Jaan_Tonisson_(Lasteleht), lk 134
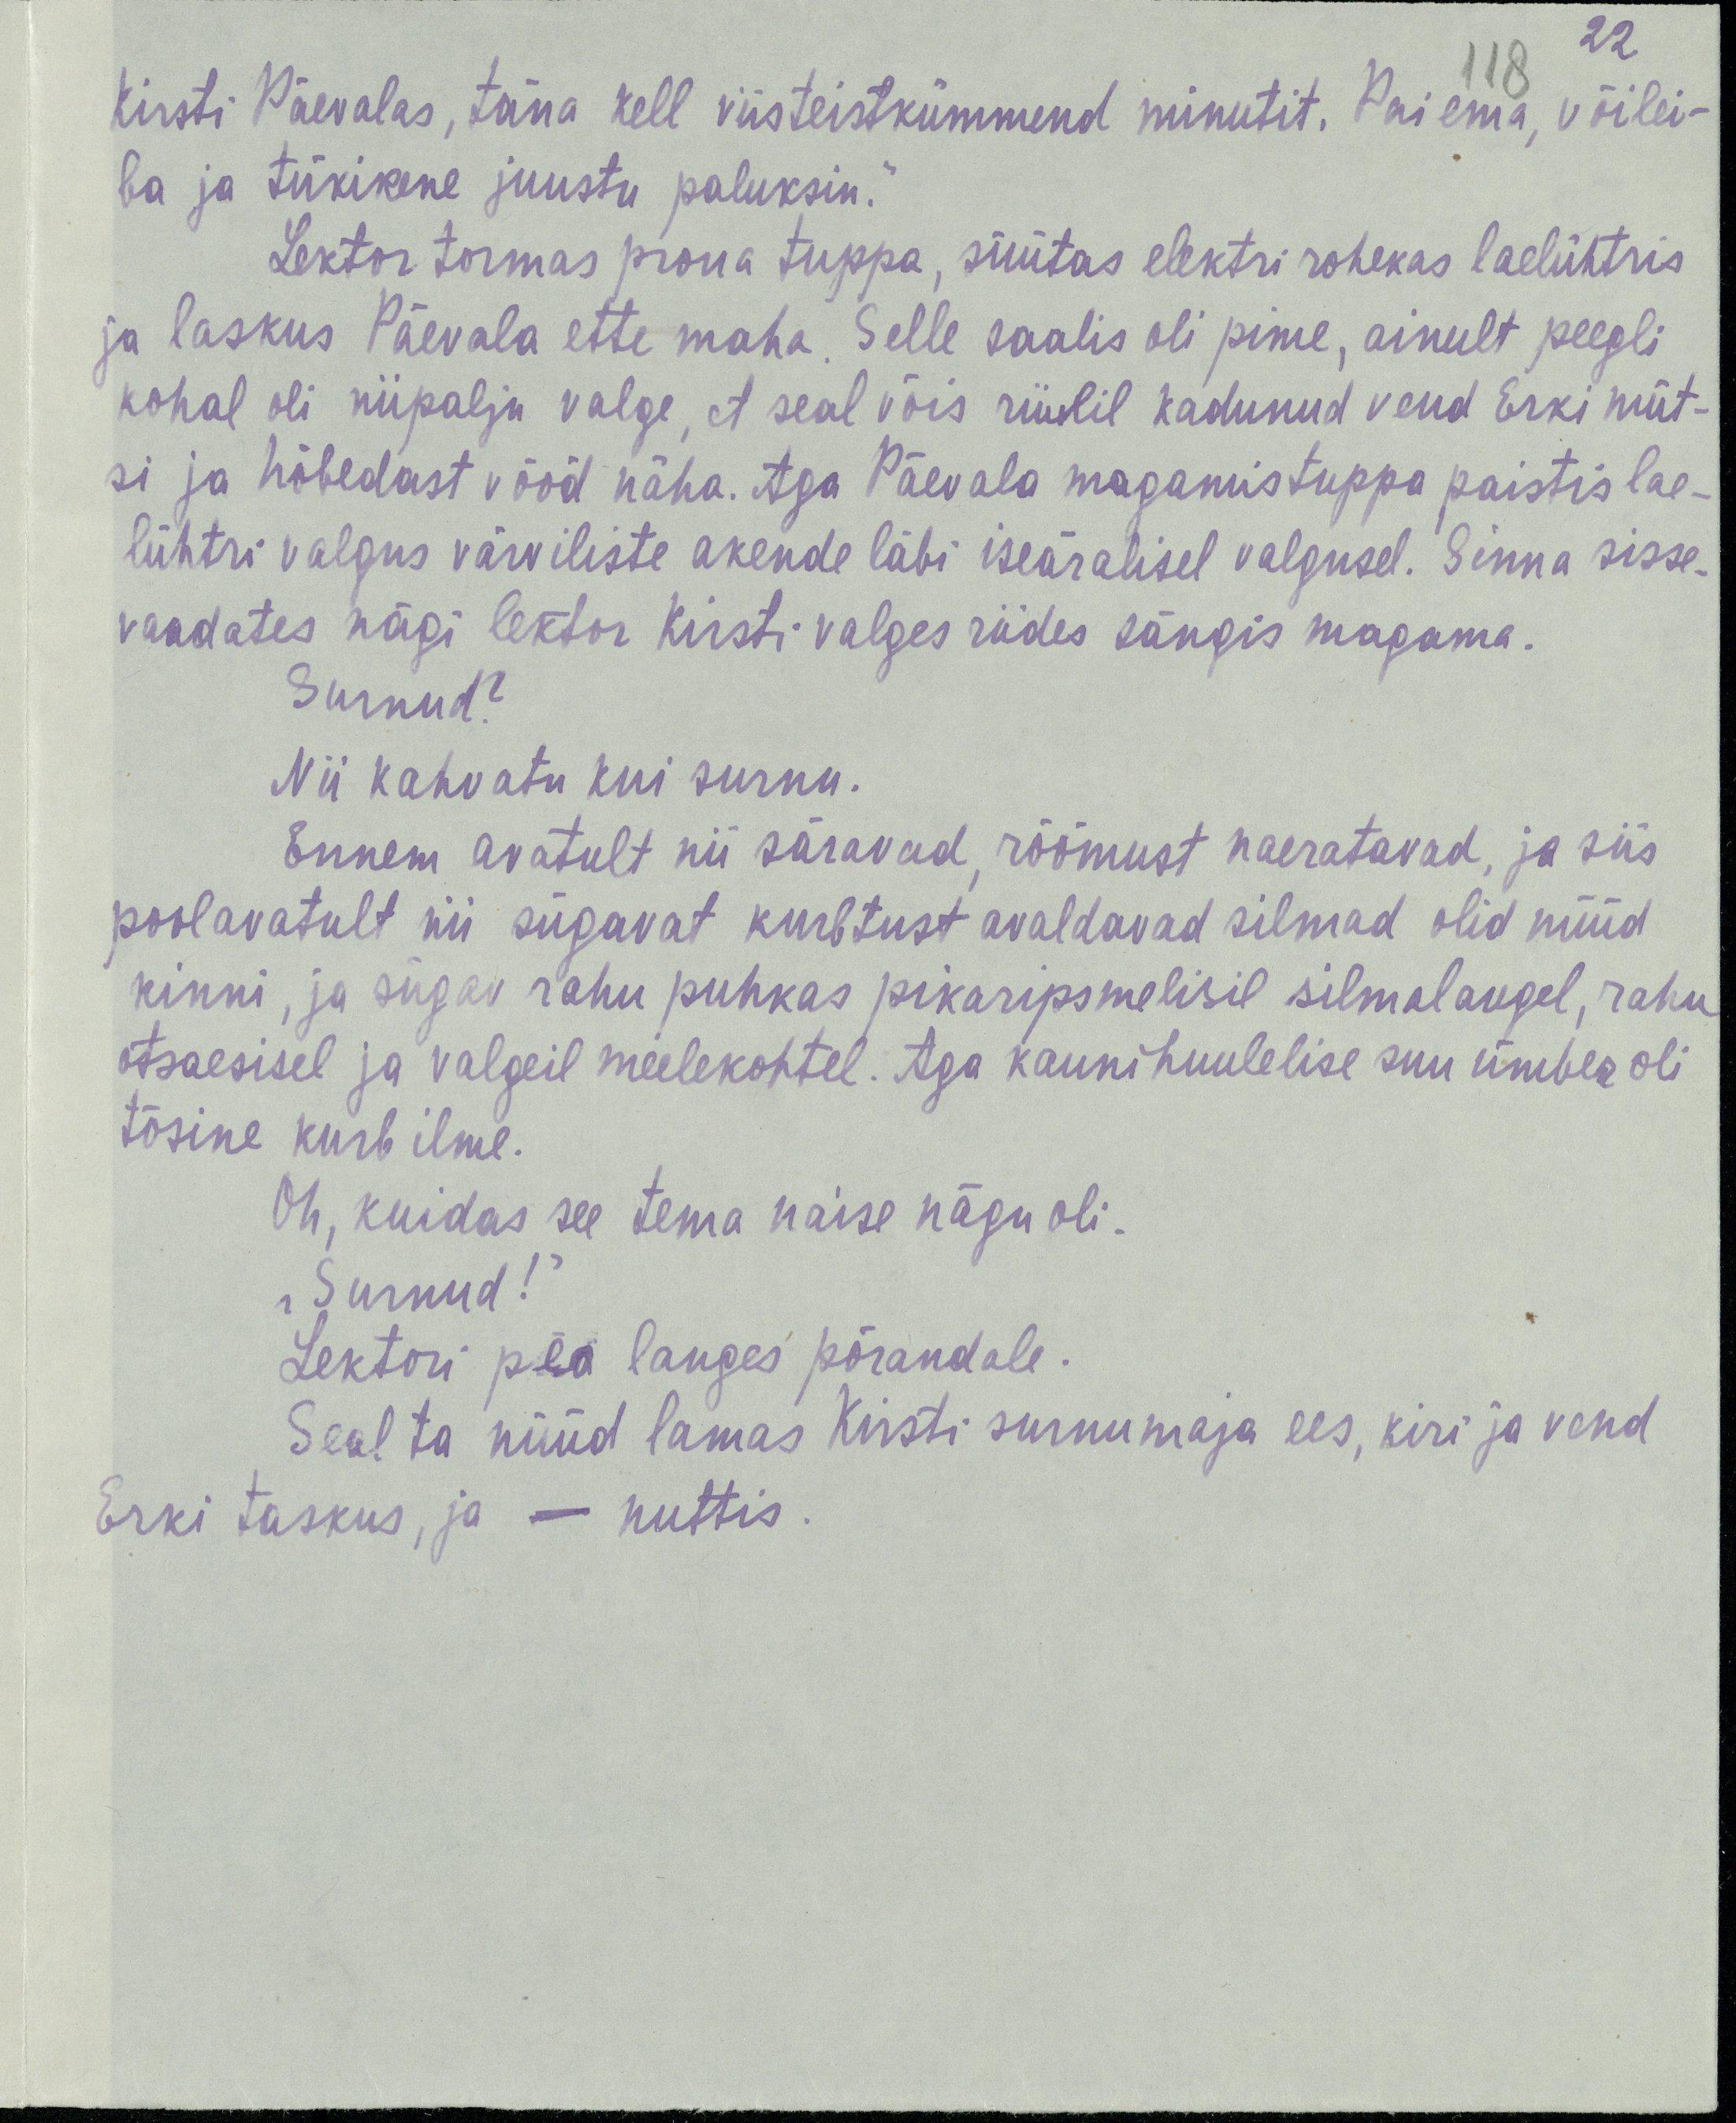
22
118
Kirsti Päevalas, täna kell viisteistkümmend minutit. Pai ema, võilei-
ba ja tükikene juustu paluksin.“
Lektor tormas proua tuppa, süütas elektri rohekas laelühtris
ja laskus Päevala ette maha. Selle saalis oli pime, ainult peegli
kohal oli niipalju valge, et seal võis riiulil kadunud vend Erki müt-
si ja hõbedast vööd näha. Aga Päevala magamistuppa paistis lae-
lühtri valgus värviliste akende läbi iseäralisel valgusel. Sinna sisse-
vaadates nägi lektor Kirsti valges riides sängis magama.
Surnud?
Nii kahvatu kui surnu.
Ennem avatult nii säravad, rõõmust naeratavad, ja siis
poolavatult nii sügavat kurbtust avaldavad silmad olid nüüd
kinni, ja sügav rahu puhkas pikaripsmelisil silmalaupel, rahu
otsaesisel ja valgeil meelekohtel. Aga kaunihuulelise suu ümber oli
tõsine kurb ilme.
oh, kuidas see tema naise nägu oli.
„Surnud!“
Lektori pea langes põrandale.
Seal ta nüüd lamas Kirsti surnumaja ees, kiri ja vend
Erki taskus, ja – nuttis.